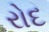
રોદ